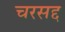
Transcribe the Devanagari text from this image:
चरसद्द